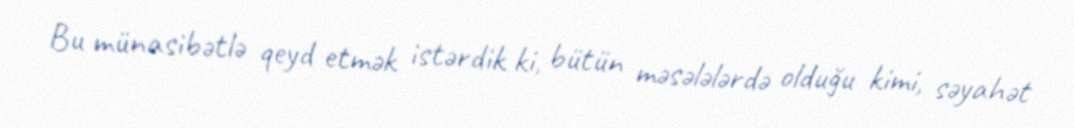
Bu münasibətlə qeyd etmək istərdik ki, bütün məsələlərdə olduğu kimi, səyahət